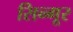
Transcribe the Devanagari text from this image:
सिन्गूर